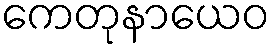
ကေတုနာယေဝ